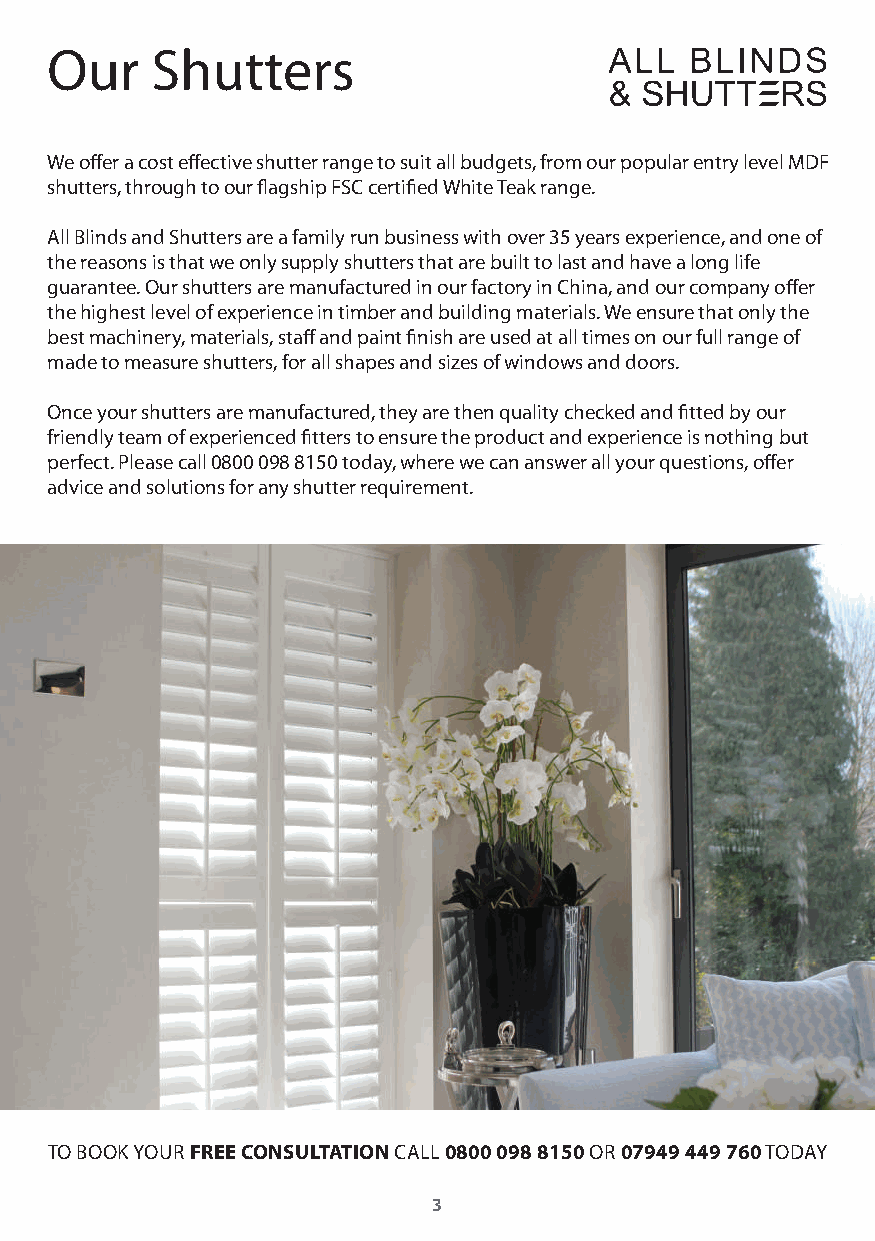
Our    Shutters
 We offer a cost effective shutter range to suit all budgets, from our popular entry level MDF
 shutters, through to our flagship FSC certified White Teak range.
 All Blinds and Shutters are a family run business with over 35 years experience, and one of
 the reasons is that we only supply shutters that are built to last and have a long life
 guarantee. Our shutters are manufactured in our factory in China, and our company offer
 the highest level of experience in timber and building materials. We ensure that only the
 best machinery, materials, staff and paint finish are used at all times on our full range of
 made to measure shutters, for all shapes and sizes of windows and doors.
 Once your shutters are manufactured, they are then quality checked and fitted by our
 friendly team of experienced fitters to ensure the product and experience is nothing but
 perfect. Please call 0800 098 8150 today, where we can answer all your questions, offer
 advice and solutions for any shutter requirement.
 TO BOOK YOUR FREE CONSULTATION CALL 0800 098 8150 OR 07949 449 760 TODAY
 3